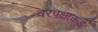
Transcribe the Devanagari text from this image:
वरपक्षाकडे